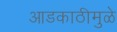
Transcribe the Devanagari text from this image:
आडकाठीमुळे